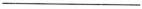
___